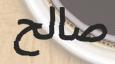
صالح